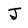
Character: J